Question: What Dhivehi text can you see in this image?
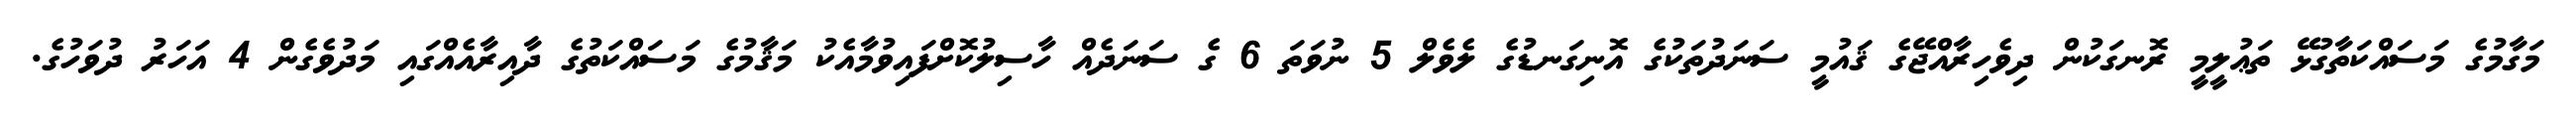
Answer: މަގާމުގެ މަސައްކަތާގުޅޭ ތަޢުލީމީ ރޮނގަކުން ދިވެހިރާއްޖޭގެ ޤައުމީ ސަނަދުތަކުގެ އޮނިގަނޑުގެ ލެވެލް 5 ނުވަތަ 6 ގެ ސަނަދެއް ހާސިލުކޮށްފައިވުމާއެކު މަޤާމުގެ މަސައްކަތުގެ ދާއިރާއެއްގައި މަދުވެގެން 4 އަހަރު ދުވަހުގެ.